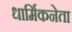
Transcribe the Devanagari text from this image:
धार्मिकनेता